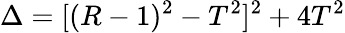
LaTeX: \Delta=[(R-1)^{2}-T^{2}]^{2}+4T^{2}